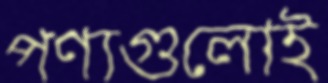
পণ্যগুলোই